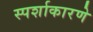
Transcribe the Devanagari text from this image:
स्पर्शाकारणे